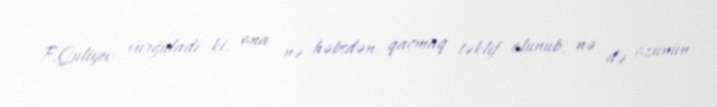
F.Quliyev vurğuladı ki, ona nə həbsdən qaçmaq təklif olunub, nə də özünün